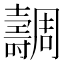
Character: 𡕐